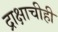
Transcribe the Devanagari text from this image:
द्राक्षाचीही